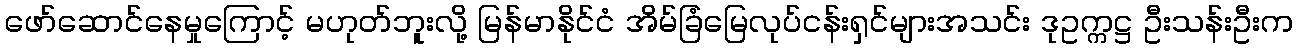
ဖော်ဆောင်နေမှုကြောင့် မဟုတ်ဘူးလို့ မြန်မာနိုင်ငံ အိမ်ခြံမြေလုပ်ငန်းရှင်များအသင်း ဒုဥက္ကဋ္ဌ ဦးသန်းဦးက